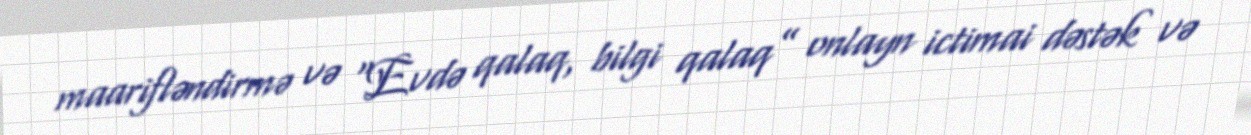
maarifləndirmə və “Evdə qalaq, bilgi qalaq” onlayn ictimai dəstək və